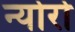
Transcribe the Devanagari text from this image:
न्योरो